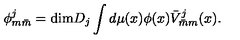
\phi _ { m \bar { m } } ^ { j } = \mathrm { d i m } D _ { j } \int d \mu ( x ) \phi ( x ) \bar { V } _ { \bar { m } m } ^ { j } ( x ) .